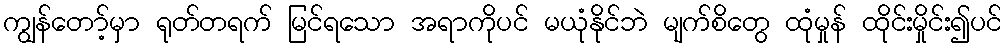
ကျွန်တော့်မှာ ရုတ်တရက် မြင်ရသော အရာကိုပင် မယုံနိုင်ဘဲ မျက်စိတွေ ထုံမှုန် ထိုင်းမှိုင်း၍ပင်